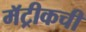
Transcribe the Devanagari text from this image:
मॅट्रीकची